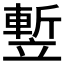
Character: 𥪭